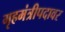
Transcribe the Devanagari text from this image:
गृहमंत्रीपदावर